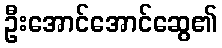
ဦးအောင်အောင်ဆွေ၏